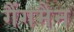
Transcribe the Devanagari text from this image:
गैंगमैन